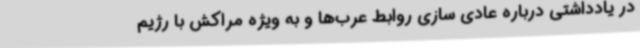
در یادداشتی درباره عادی سازی روابط عرب‌ها و به ویژه مراکش با رژیم